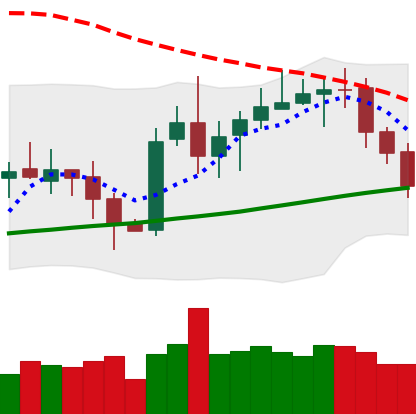
Ticker: XRP-USD
Chart end date: 2020-10-16
Forward return: 4.646%
Label: up_3_5